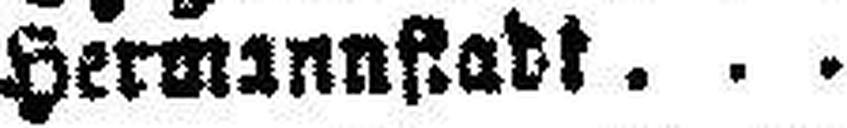
Hermannstadt